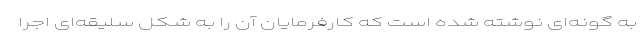
به گونه‌ای نوشته شده است که کارفرمایان آن را به شکل سلیقه‌ای اجرا